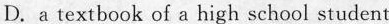
D.a textbook of a high school student